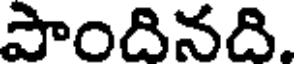
పొందినది.